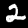
Label: 2